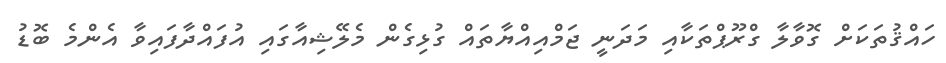
ހައްޤުތަކަށް ގޮވާލާ ގްރޫޕްތަކާއި މަދަނީ ޖަމްއިއްޔާތައް ގުޅިގެން މެލޭޝިއާގައި އުފައްދާފައިވާ އެންމެ ބޮޑު